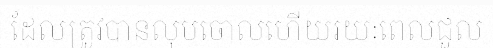
ដែលត្រូវបានលុបចោលហើយរយៈពេលជួល